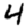
Digit: 4